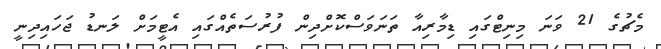
މެޗުގެ 21 ވަނަ މިނިޓްގައި ޑިމާރިއާ ތަނަވަސްކޮށްދިން ފުރުސަތެއްގައި އެޓީމަށް ލަނޑު ޖަހައިދިނީ